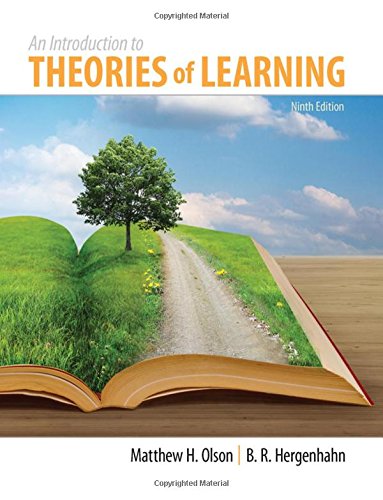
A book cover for An Introduction to Theories of Learning: Ninth Edition; Matthew H. Olson; Medical Books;